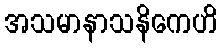
အသမာနာသနိကေဟိ